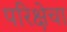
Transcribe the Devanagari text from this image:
परिक्षेचा